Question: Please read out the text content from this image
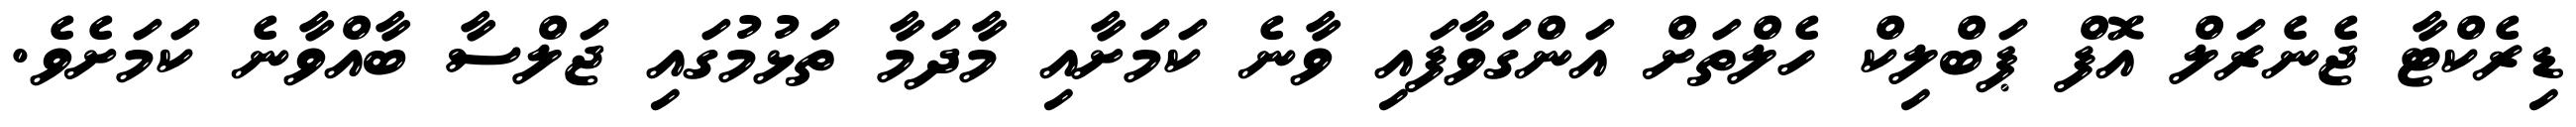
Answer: ޑިރެކްޓާ ޖެނެރަލް އޮފް ޕަބްލިކް ހެލްތަށް އަންގަވާފައި ވާނެ ކަމަށާއި މާދަމާ ތަޅުމުގައި ޖަލްސާ ބާއްވާނެ ކަމަށެވެ.